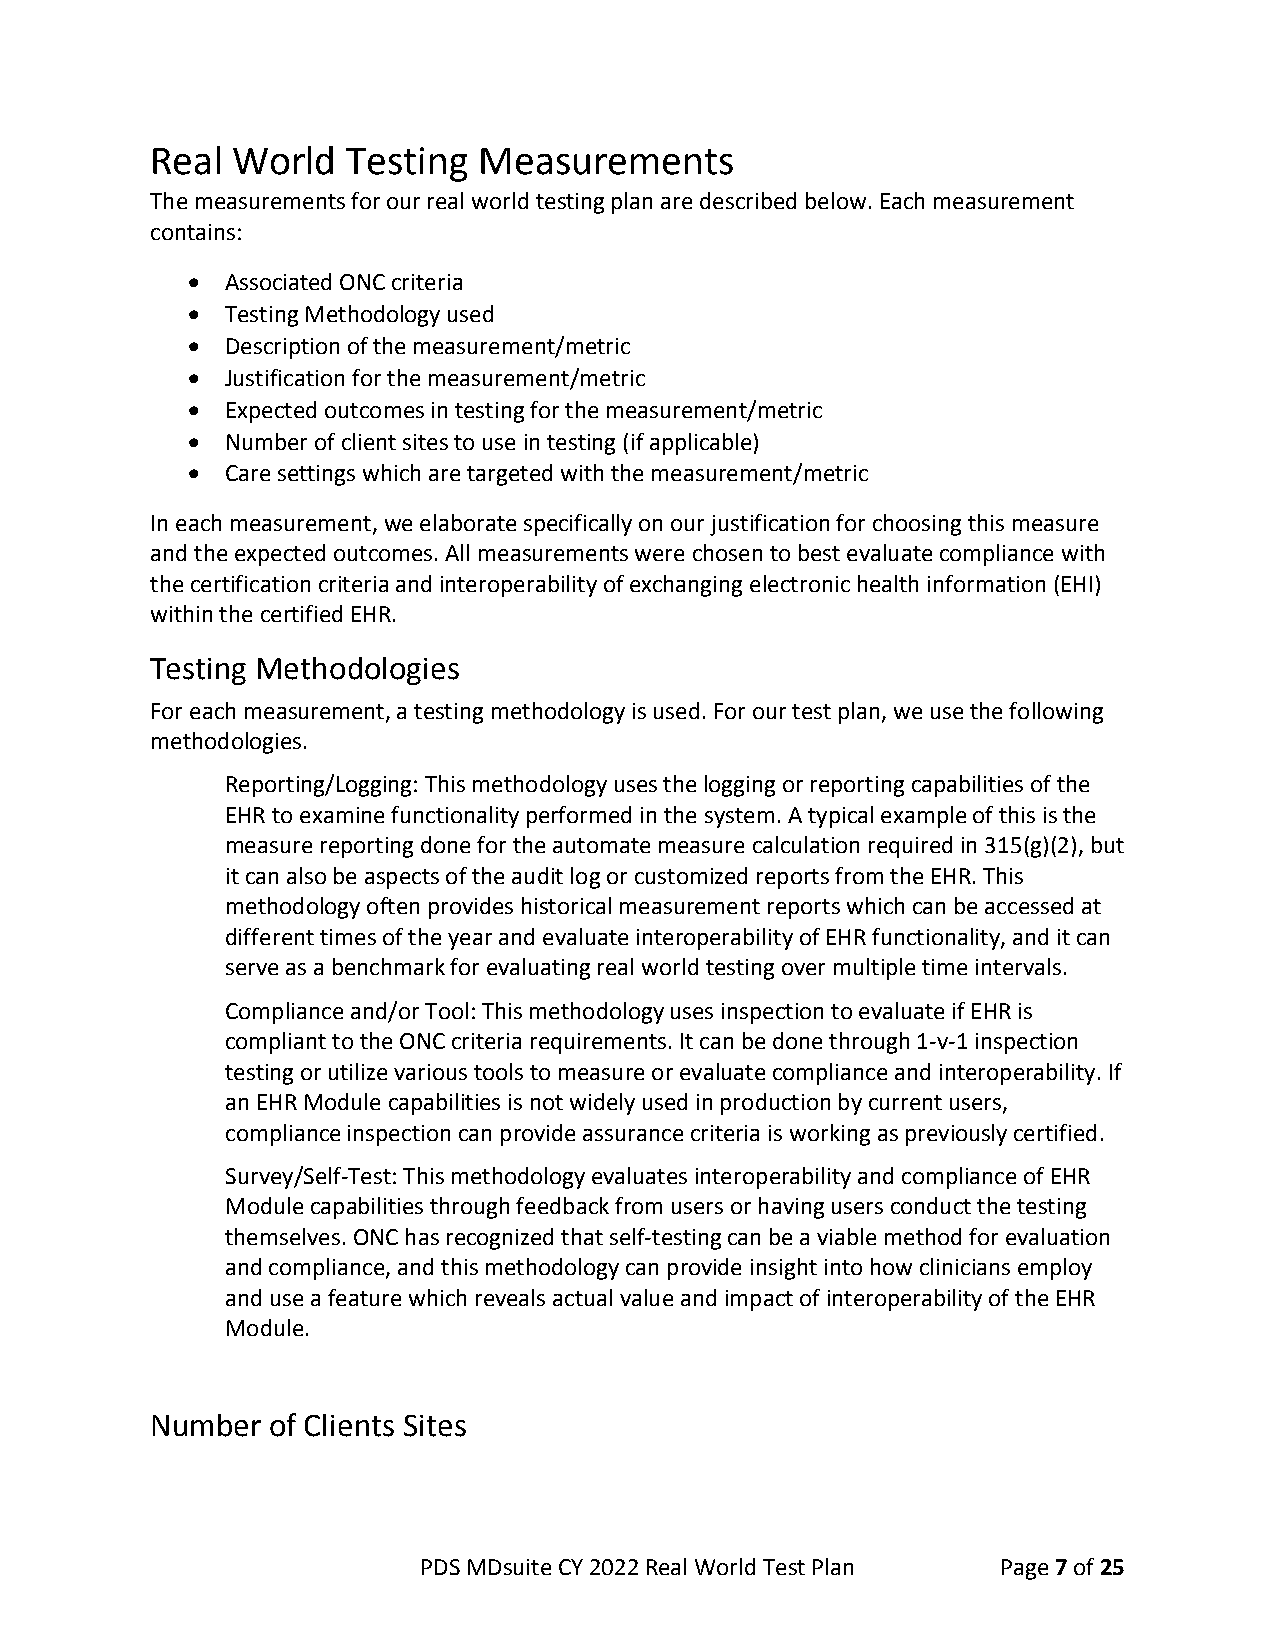
Real World   Testing  Measurements
 The measurements for our real world testing plan are described below. Each measurement
 contains:
 •  Associated ONC criteria
 •  Testing Methodology used
 •  Description of the measurement/metric
 •  Justification for the measurement/metric
 •  Expected outcomes in testing for the measurement/metric
 •  Number of client sites to use in testing (if applicable)
 •  Care settings which are targeted with the measurement/metric
 In each measurement, we elaborate specifically on our justification for choosing this measure
 and the expected outcomes. All measurements were chosen to best evaluate compliance with
 the certification criteria and interoperability of exchanging electronic health information (EHI)
 within the certified EHR.
 Testing Methodologies
 For each measurement, a testing methodology is used. For our test plan, we use the following
 methodologies.
 Reporting/Logging: This methodology uses the logging or reporting capabilities of the
 EHR to examine functionality performed in the system. A typical example of this is the
 measure reporting done for the automate measure calculation required in 315(g)(2), but
 it can also be aspects of the audit log or customized reports from the EHR. This
 methodology often provides historical measurement reports which can be accessed at
 different times of the year and evaluate interoperability of EHR functionality, and it can
 serve as a benchmark for evaluating real world testing over multiple time intervals.
 Compliance and/or Tool: This methodology uses inspection to evaluate if EHR is
 compliant to the ONC criteria requirements. It can be done through 1-v-1 inspection
 testing or utilize various tools to measure or evaluate compliance and interoperability. If
 an EHR Module capabilities is not widely used in production by current users,
 compliance inspection can provide assurance criteria is working as previously certified.
 Survey/Self-Test: This methodology evaluates interoperability and compliance of EHR
 Module capabilities through feedback from users or having users conduct the testing
 themselves. ONC has recognized that self-testing can be a viable method for evaluation
 and compliance, and this methodology can provide insight into how clinicians employ
 and use a feature which reveals actual value and impact of interoperability of the EHR
 Module.
 Number  of Clients Sites
 PDS MDsuite CY 2022 Real World Test Plan Page 7 of 25